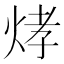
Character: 𤉗